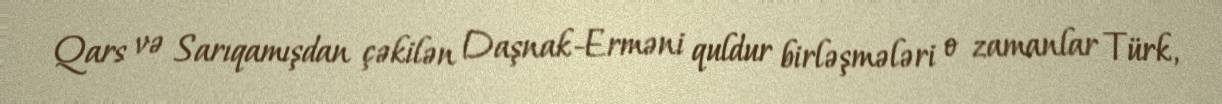
Qars və Sarıqamışdan çəkilən Daşnak-Erməni quldur birləşmələri o zamanlar Türk,